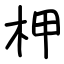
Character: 柙